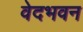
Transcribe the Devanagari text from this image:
वेदभवन